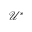
\mathcal { U } ^ { * }